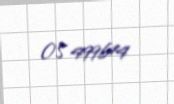
OS 499614